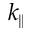
k _ { \parallel }